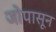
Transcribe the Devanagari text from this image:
जोपासून